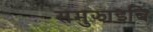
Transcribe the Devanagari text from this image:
समुझाइबि